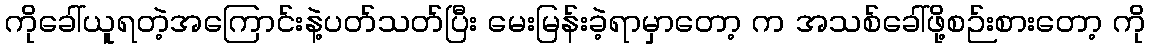
ကိုခေါ်ယူရတဲ့အကြောင်းနဲ့ပတ်သတ်ပြီး မေးမြန်းခဲ့ရာမှာတော့ က အသစ်ခေါ်ဖို့စဉ်းစားတော့ ကို